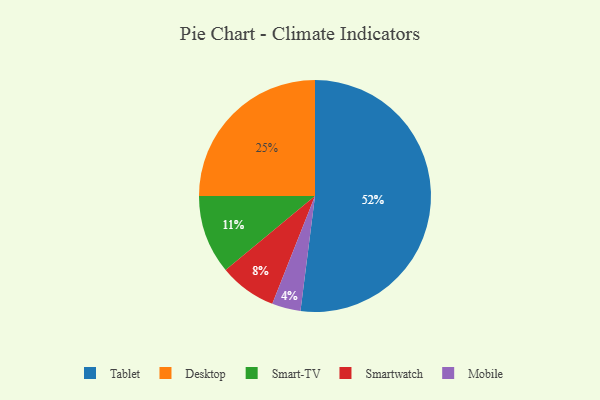
{"axis": {"x": "Category", "y": "Percentage"}, "legend": ["Desktop", "Mobile", "Smart-TV", "Smartwatch", "Tablet"], "data": [{"x": "Desktop", "y": 25, "type": "Desktop"}, {"x": "Smartwatch", "y": 8, "type": "Smartwatch"}, {"x": "Smart-TV", "y": 11, "type": "Smart-TV"}, {"x": "Tablet", "y": 52, "type": "Tablet"}, {"x": "Mobile", "y": 4, "type": "Mobile"}]}